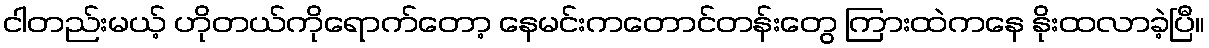
ငါတည်းမယ့် ဟိုတယ်ကိုရောက်တော့ နေမင်းကတောင်တန်းတွေ ကြားထဲကနေ နိုးထလာခဲ့ပြီ။